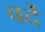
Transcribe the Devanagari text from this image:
वर्देे